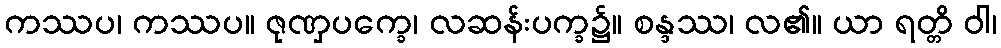
ကဿပ၊ ကဿပ။ ဇုဏှပက္ခေ၊ လဆန်းပက္ခ၌။ စန္ဒဿ၊ လ၏။ ယာ ရတ္တိ ဝါ၊